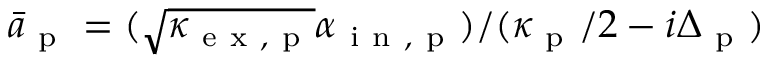
\bar { a } _ { \mathrm { ~ p ~ } } = ( \sqrt { \kappa _ { \mathrm { ~ e ~ x ~ , ~ p ~ } } } \alpha _ { \mathrm { ~ i ~ n ~ , ~ p ~ } } ) / ( \kappa _ { \mathrm { ~ p ~ } } / 2 - i \Delta _ { \mathrm { ~ p ~ } } )